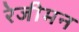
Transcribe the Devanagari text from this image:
रेजीमन